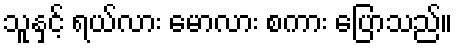
သူနှင့် ရယ်လား မောလား စကား ပြောသည်။